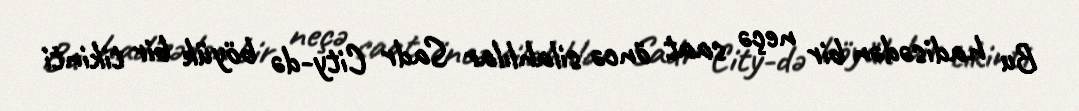
Bu hadisədən bir neçə saat öncə silahlılar Sadr City-də böyük bir tikinti